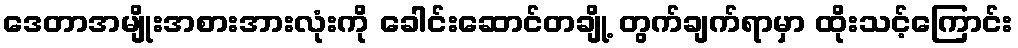
ဒေတာအမျိုးအစားအားလုံးကို ခေါင်းဆောင်တချို့ တွက်ချက်ရာမှာ ထိုးသင့်ကြောင်း